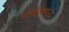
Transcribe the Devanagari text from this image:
नॉर्दलागूना